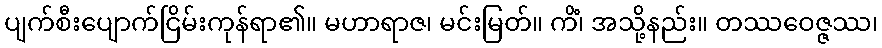
ပျက်စီးပျောက်ငြိမ်းကုန်ရာ၏။ မဟာရာဇ၊ မင်းမြတ်။ ကိံ၊ အသို့နည်း။ တဿဝေဇ္ဇဿ၊